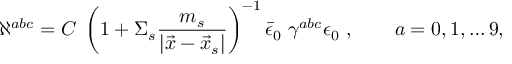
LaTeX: \aleph ^ { a b c } = C \; \left( 1 + \Sigma _ { s } { \frac { m _ { s } } { | \vec { x } - \vec { x } _ { s } | } } \right) ^ { - 1 } \bar { \epsilon } _ { 0 } \; \gamma ^ { a b c } \epsilon _ { 0 } \ , \qquad a = 0 , 1 , \dots 9 ,